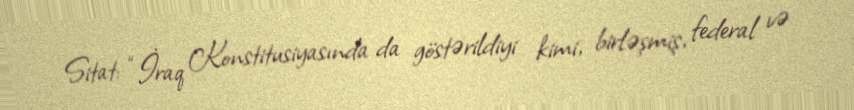
Sitat: “İraq Konstitusiyasında da göstərildiyi kimi, birləşmiş, federal və